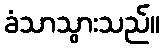
ခံသာသွားသည်။